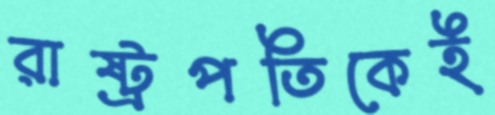
রাষ্ট্রপতিকেই